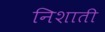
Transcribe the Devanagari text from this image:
निशाती